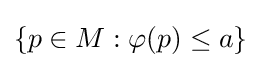
\{p\in M:\varphi (p)\leq a\}